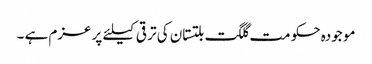
مو جودہ حکو مت گلگت بلتستان کی تر قی کیلئے پر عزم ہے ۔